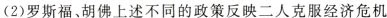
(2)罗斯福、胡佛上述不同的政策反映二人克服经济危机